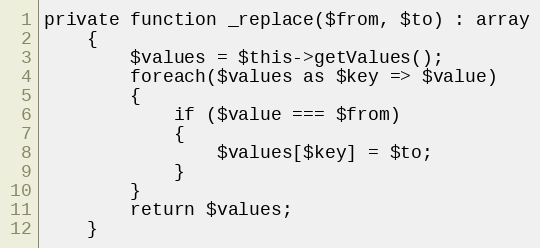
Language: PHP
private function _replace($from, $to) : array
    {
        $values = $this->getValues();
        foreach($values as $key => $value)
        {
            if ($value === $from)
            {
                $values[$key] = $to;
            }
        }
        return $values;
    }